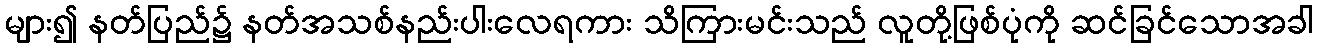
များ၍ နတ်ပြည်၌ နတ်အသစ်နည်းပါးလေရကား သိကြားမင်းသည် လူတို့ဖြစ်ပုံကို ဆင်ခြင်သောအခါ